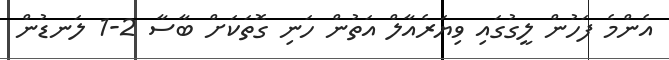
އެންމެ ފަހުން ލީގުގައި ވިޔަރެއާލް އަތުން ހަނި ގޮތަކަށް ބާސާ 2-1 ލަނޑުން